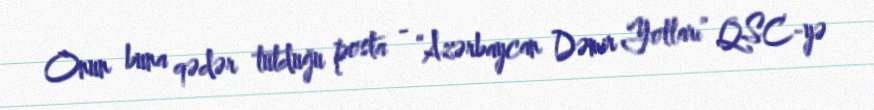
Onun buna qədər tutduğu posta - “Azərbaycan Dəmir Yolları” QSC-yə